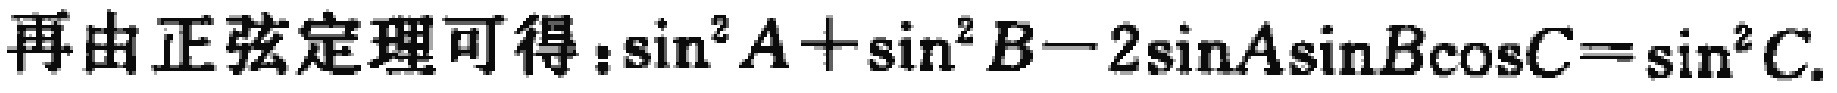
再由正弦定理可得：\(\sin^{2}A+\sin^{2}B - 2\sin A\sin B\cos C=\sin^{2}C\)